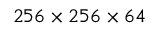
2 5 6 \times 2 5 6 \times 6 4